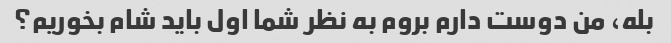
بله، من دوست دارم بروم به نظر شما اول باید شام بخوریم؟